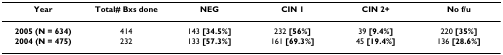
| Year | Total# Bxs done | NEG | CIN 1 | CIN 2+ | No f/u |
 | --- | --- | --- | --- | --- | --- |
 | 2005 (N = 634) | 414 | 143 [34.5%] | 232 [56%] | 39 [9.4%] | 220 [35%] |
 | 2004 (N = 475) | 232 | 133 [57.3%] | 161 [69.3%] | 45 [19.4%] | 136 [28.6%] |